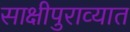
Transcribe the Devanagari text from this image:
साक्षीपुराव्यात